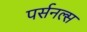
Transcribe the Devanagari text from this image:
पर्सनल्स